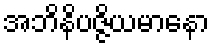
အဘိနိပဇ္ဇိယမာနော